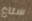
ستاغ